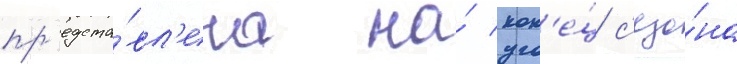
пр'едста́вл'ена на́ кон'е́ц с'езо́на